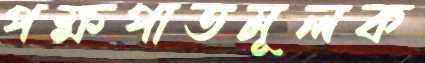
পক্ষপাতমূলক